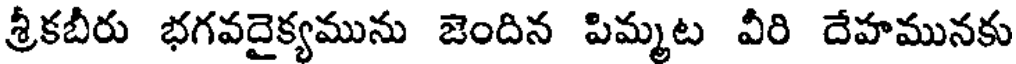
శ్రీకబీరు భగవదైక్యమును జెందిన పిమ్మట వీరి దేహమునకు